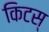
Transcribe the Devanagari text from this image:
किटस्